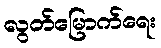
လွတ်မြောက်ရေး